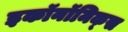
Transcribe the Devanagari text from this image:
इकॉनॉमिक्‍स